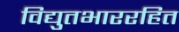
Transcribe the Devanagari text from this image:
विद्युतभाररहित